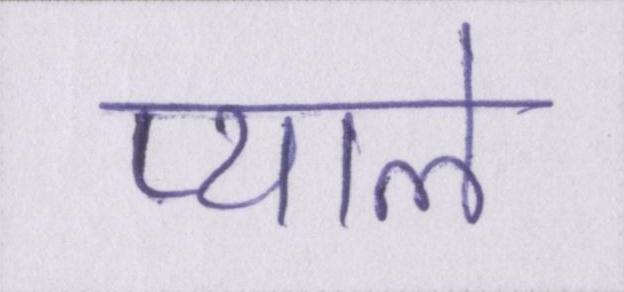
प्याले